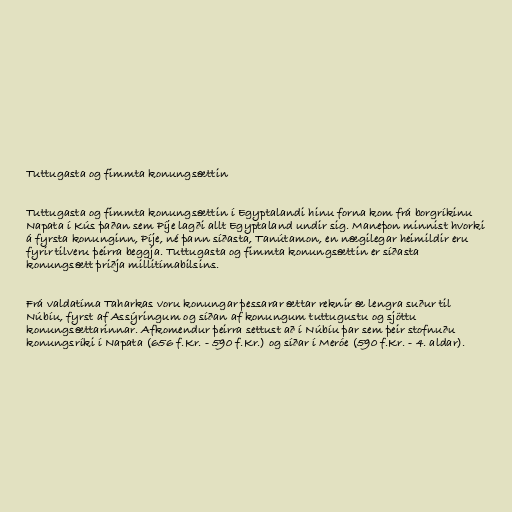
Tuttugasta og fimmta konungsættin

Tuttugasta og fimmta konungsættin í Egyptalandi hinu forna kom frá borgríkinu
Napata í Kús þaðan sem Píje lagði allt Egyptaland undir sig. Maneþon minnist hvorki
á fyrsta konunginn, Píje, né þann síðasta, Tanútamon, en nægilegar heimildir eru
fyrir tilveru þeirra beggja. Tuttugasta og fimmta konungsættin er síðasta
konungsætt þriðja millitímabilsins.

Frá valdatíma Taharkas voru konungar þessarar ættar reknir æ lengra suður til
Núbíu, fyrst af Assýringum og síðan af konungum tuttugustu og sjöttu
konungsættarinnar. Afkomendur þeirra settust að í Núbíu þar sem þeir stofnuðu
konungsríki í Napata (656 f.Kr. - 590 f.Kr.) og síðar í Meróe (590 f.Kr. - 4. aldar).